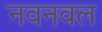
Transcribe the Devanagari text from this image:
नवनवल